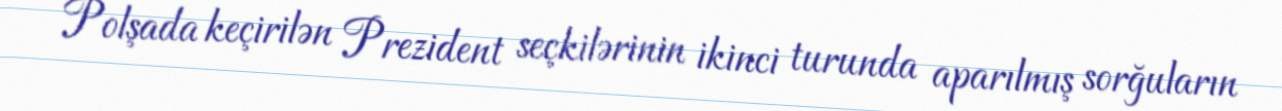
Polşada keçirilən Prezident seçkilərinin ikinci turunda aparılmış sorğuların